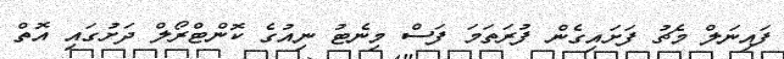
ފައިނަލް މެޗު ފަށައިގެން ފުރަތަމަ ފަސް މިނެޓު ނިއުގެ ކޮންޓްރޯލް ދަށުގައި އޮތް